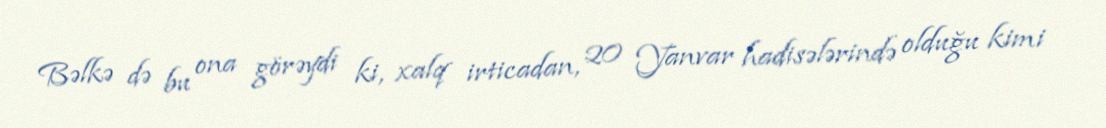
Bəlkə də bu ona görəydi ki, xalq irticadan, 20 Yanvar hadisələrində olduğu kimi